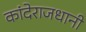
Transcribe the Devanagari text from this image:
कांदेराजधानी